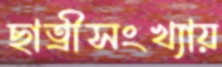
ছাত্রীসংখ্যায়